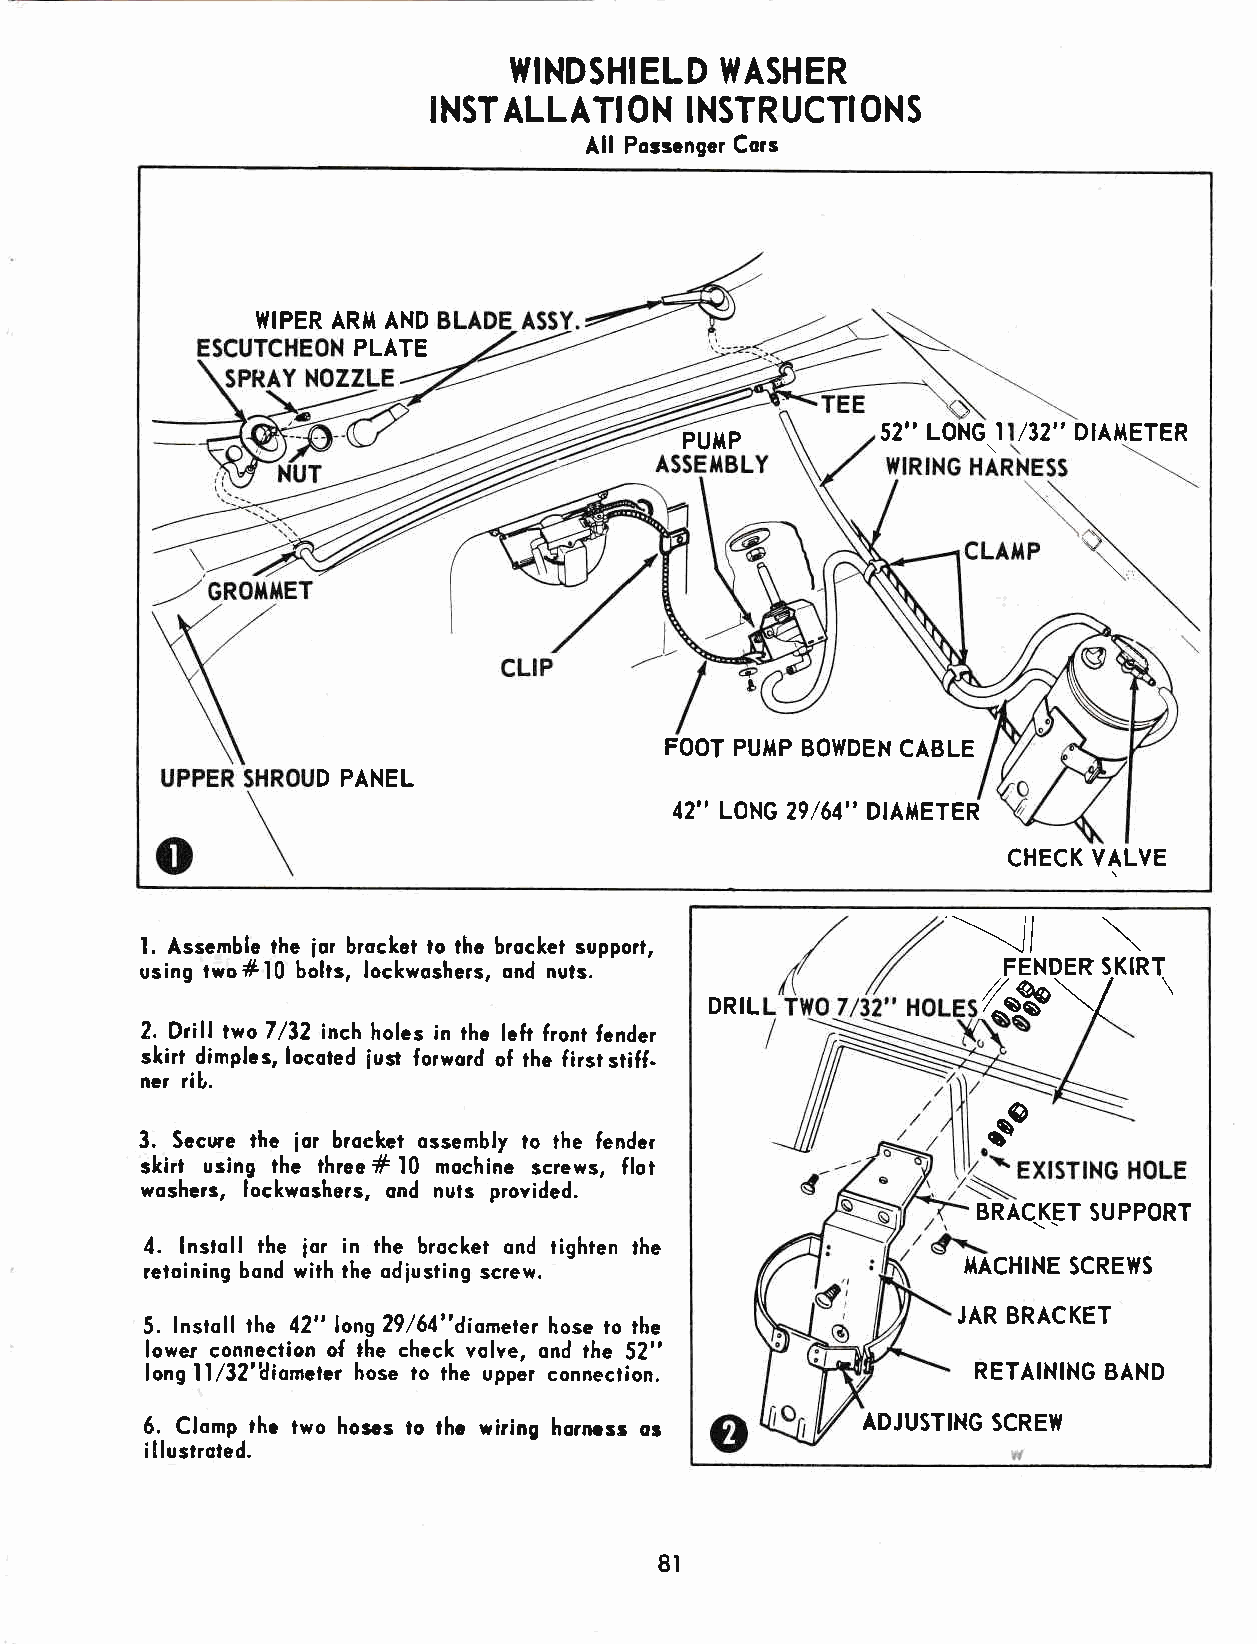
WINDSHIELD    WASHER
 INSTALLATI   ON INSTR  UCTI ONS
 All Posscnger Cors
 WIPER ARIT AND
 PLATE
 PU}TP
 52" LONG\ I /32" DIAI ETER
 FOOT PUITP BOWDEN CABLE
 D PANEL
 42" LONG 29/64" DIA}TETER
 CHECK VALVE
 \
 I. Asscmble the lor brocket to thc brocket supporl,   \/        \
 6sV
 using two#10 bolts, lockwoshers, ond nuts.               FENDER SKIRT\
 DRIL
 2. Drill twoT/32 inch holes in rhc lcfi front fender
 skirt dimples, locoted iust forword of rhe f irsr sriff-
 ner rib.
 go
 3. Secwe rhe lor broeket ossembly to ihe fendcr
 skirt using the three # I0 mochinc screws, flot
 woshers, lockwoshers, ond nuts provided.
 BRAC\K\ET SUPPORT
 4. lnstoll the ior in the brocket ond tighten the
 retoining bond with the odiusting scren.              T{ACH!NE SCREWS
 5. Instoll the 42" long29/64"diometer hose to the    JAR BRACKET
 lower connection of the check volve, ond the 52"
 long ll/32"diontcler hose lo the upper connection.     RETAINING BAND
 6. Clomp thc two hoscs to thc wiring horncss or ADJUSTING SCRETY
 i I lustroted.
 8l